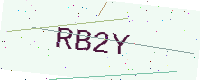
Text: RB2Y